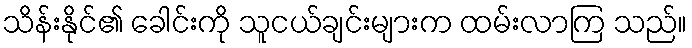
သိန်းနိုင်၏ ခေါင်းကို သူငယ်ချင်းများက ထမ်းလာကြ သည်။